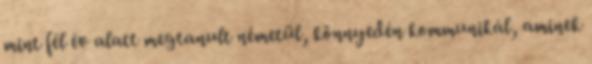
mint fél év alatt megtanult németül, könnyedén kommunikál, aminek